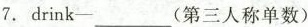
7. drink-___(第三人称单数)